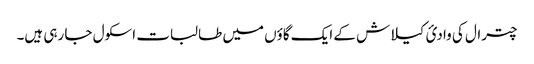
چترال کی وادیٔ کیلاش کے ایک گاؤں میں طالبات اسکول جا رہی ہیں۔